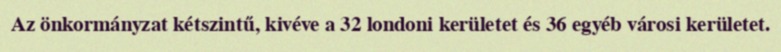
Az önkormányzat kétszintű, kivéve a 32 londoni kerületet és 36 egyéb városi kerületet.